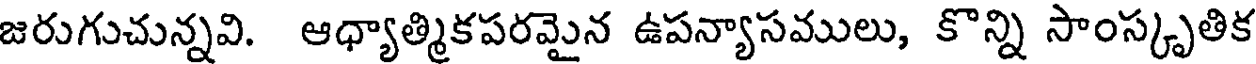
జరుగుచున్నవి. ఆధ్యాత్మికపరమైన ఉపన్యాసములు, కొన్ని సాంస్కృతిక